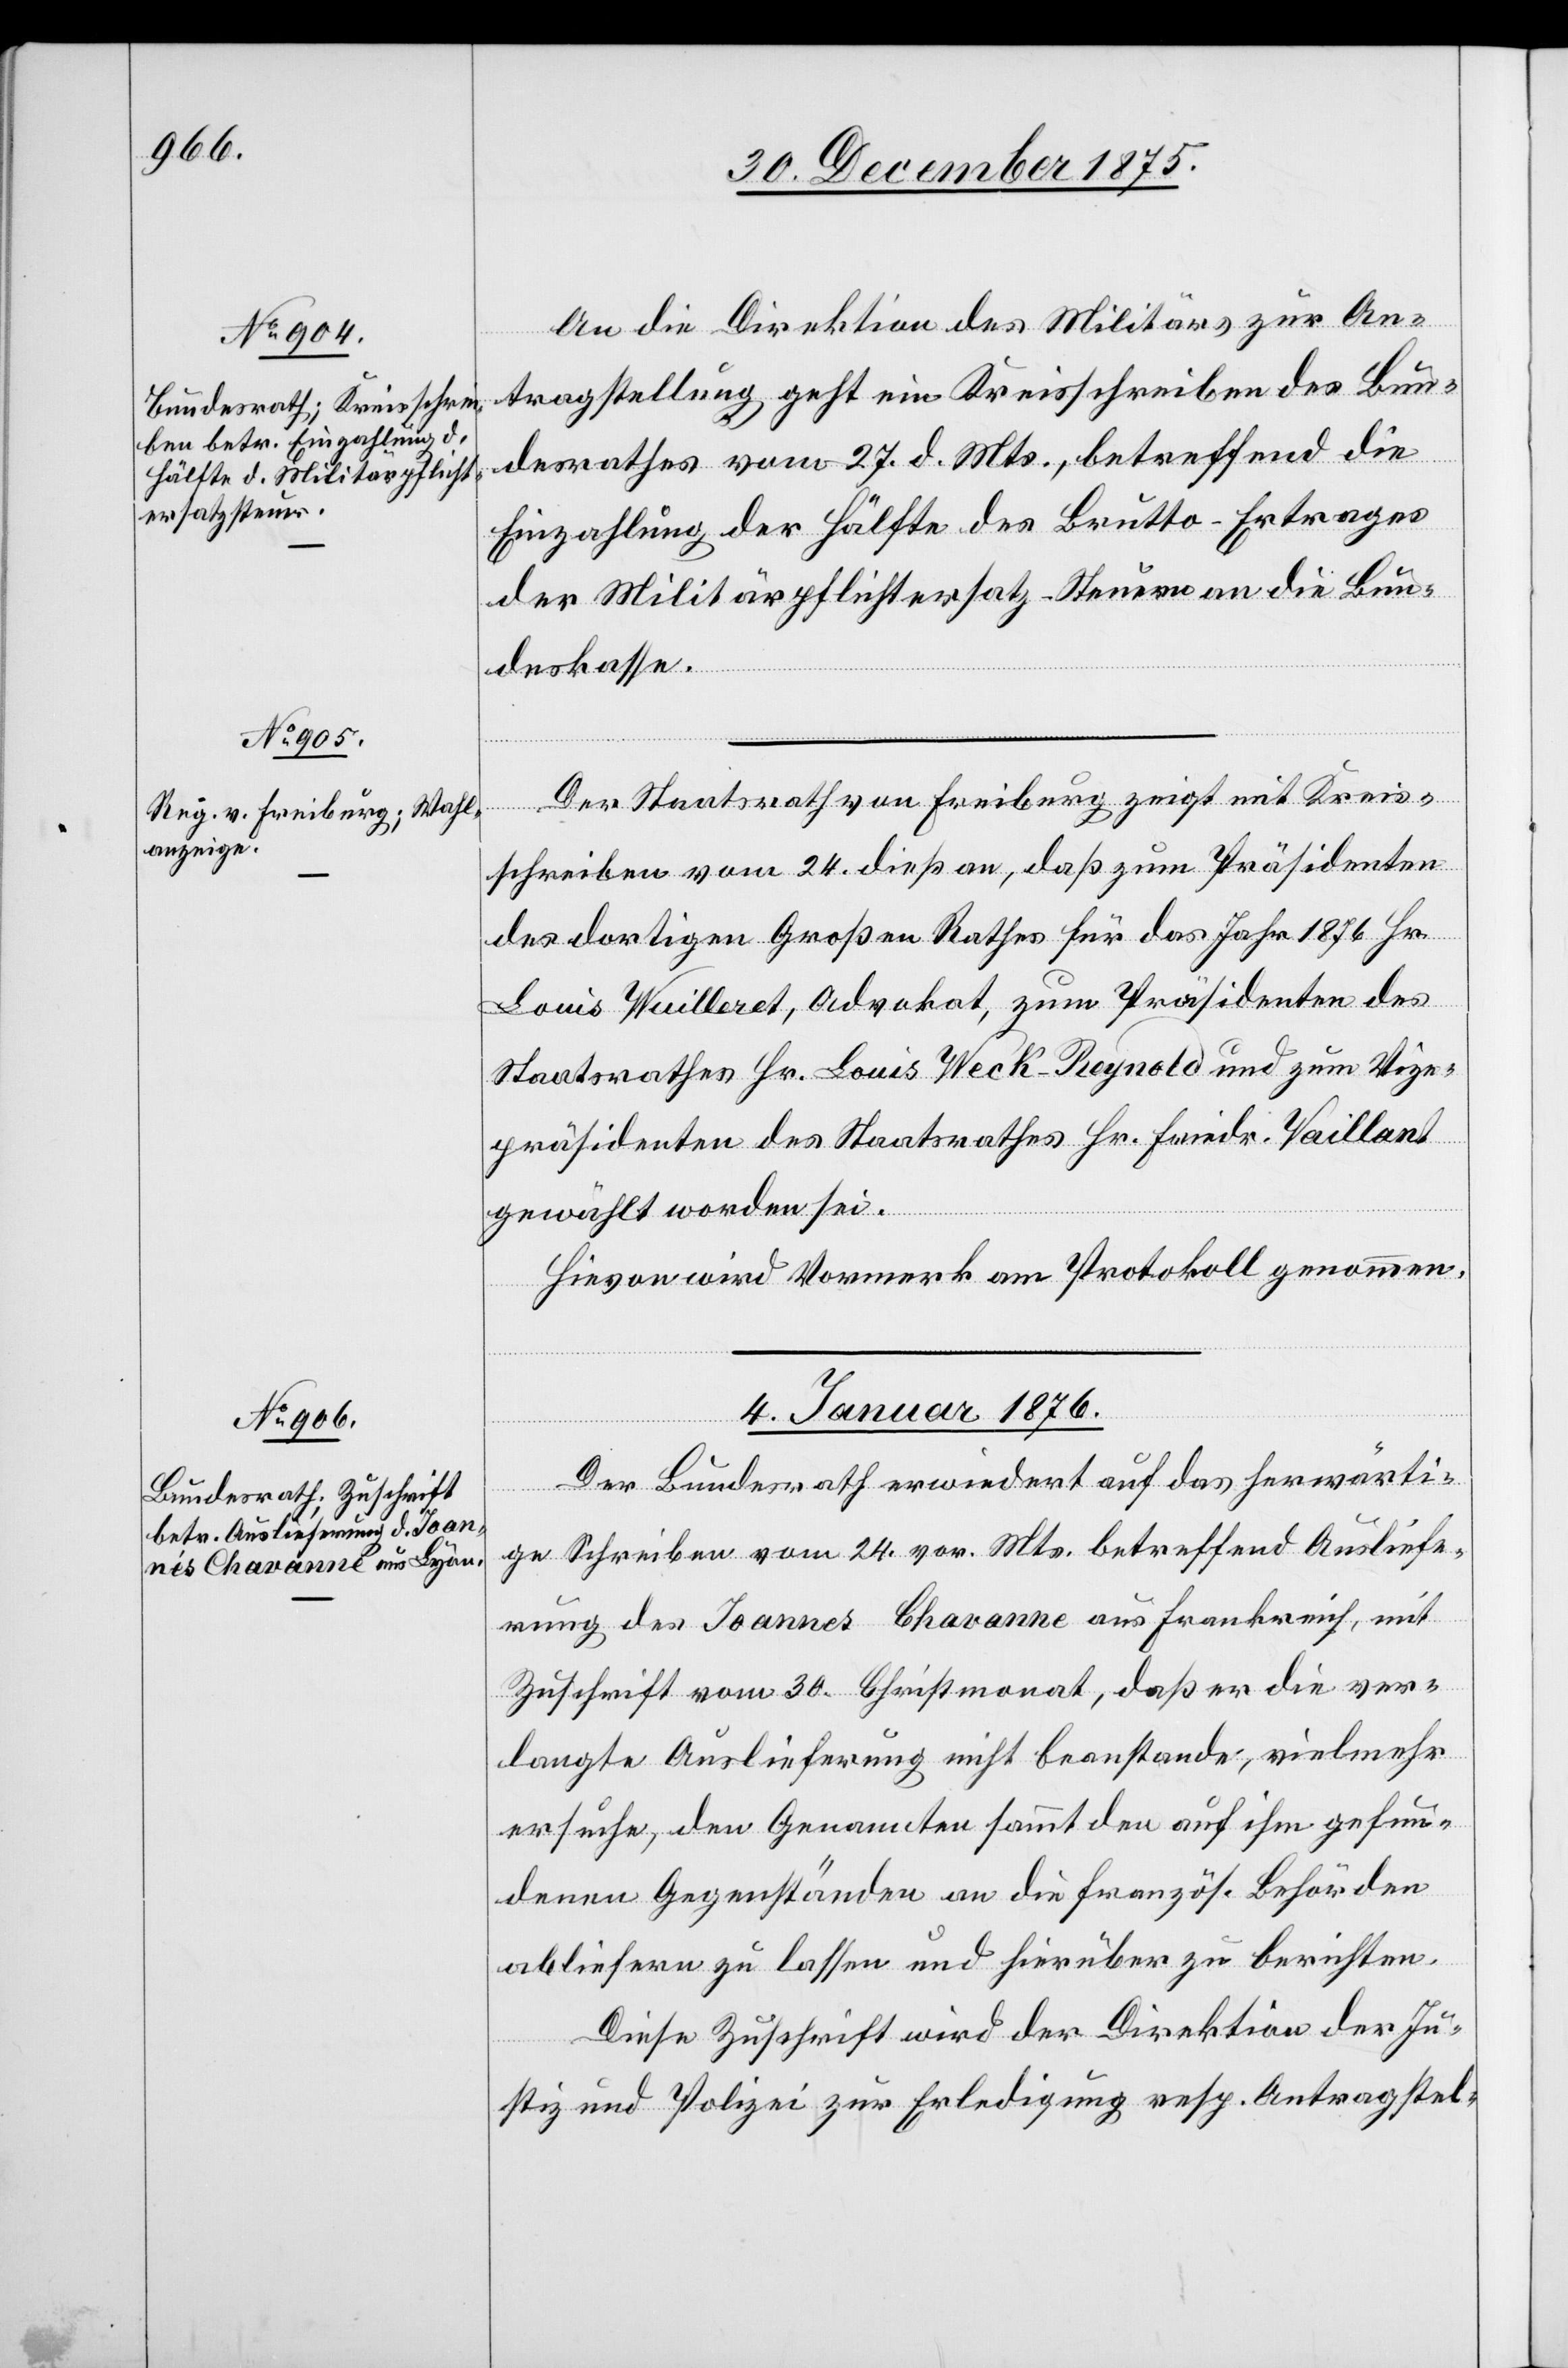
An die Direktion des Militärs zur An¬
tragstellung geht ein Kreisschreiben des Bun¬
desrathes vom 27. d. Mts., betreffend die
Einzahlung der Hälfte des Brutto-Ertrages
der Militärpflichtersatz-Steuer an die Bun¬
deskasse.
Der Staatsrath von Freiburg zeigt mit Kreis¬
Dec.
schreiben vom 24. dieß an, daß zum Präsidenten
des dortigen Großen Rathes für das Jahr 1876 Hr.
Louis Wuilleret, Advokat, zum Präsidenten des
Staatsrathes Hr. Louis Weck-Regnoto und zum Vize-P¬
räsidenten des Staatsrathes Hr. Friedr. Vaillant
gewählt worden sei.
Hievon wird Vormerk am Protokoll genommen.
4. Januar 1876.
Der Bundesrath erwiedert auf das herwärti¬
ge Schreiben vom 24. vor. Mts. betreffend Ausliefe¬
rung des Joannes Chavanne aus Frankreich, mit
Zuschrift vom 30. Christmonat, daß er die ver¬
langte Auslieferung nicht beanstande, vielmehr
ersuche, den Genannten sammt den auf ihm gefun¬
denen Gegenständen an die französ. Behörden
abliefern zu lassen und hierüber zu berichten.
Diese Zuschrift wird der Direktion der Ju¬
stiz und Polizei zur Erledigung resp. Antragstel-

30.